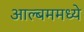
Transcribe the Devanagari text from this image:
आल्बममध्ये